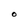
Character: O